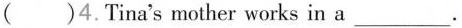
()4.Tina's mother works in a ___.